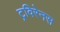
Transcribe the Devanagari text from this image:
ट्रविरेनस